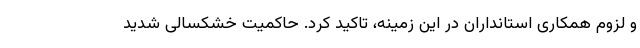
و لزوم همکاری استانداران در این زمینه، تاکید کرد. حاکمیت خشکسالی شدید